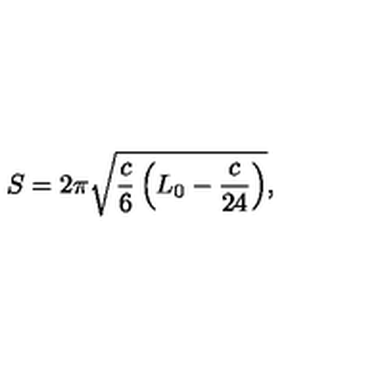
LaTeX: S = 2 \pi \sqrt { \frac c 6 \left( L _ { 0 } - \frac { c } { 2 4 } \right) } ,